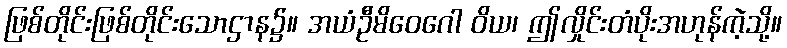
ဖြစ်တိုင်းဖြစ်တိုင်းသောဌာန၌။ အယံဦမိဝေဂေါ ဝိယ၊ ဤလှိုင်းတံပိုးအဟုန်ကဲ့သို့။